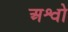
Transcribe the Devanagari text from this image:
अश्वो